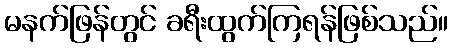
မနက်ဖြန်တွင် ခရီးထွက်ကြရန်ဖြစ်သည်။